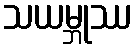
သယမ္ဘုဿ